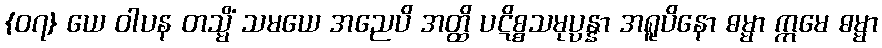
{၀၇} ယေ ဝါပန တသ္မိံ သမယေ အညေပိ အတ္ထိ ပဋိစ္စသမုပ္ပန္နာ အရူပိနော ဓမ္မာ ဣမေ ဓမ္မာ